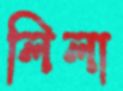
লিলা